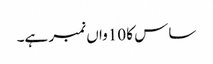
ساس کا 10واں نمبر ہے۔